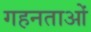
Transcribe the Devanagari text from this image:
गहनताओं